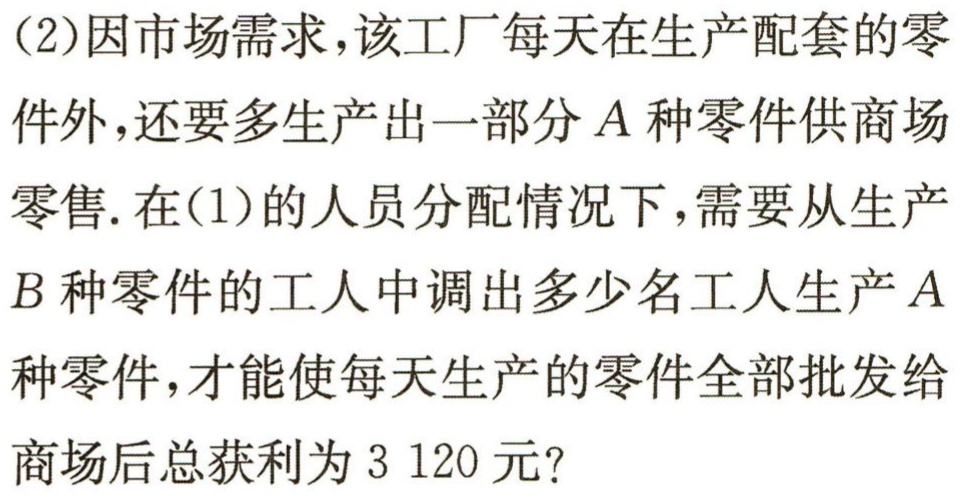
(2)因市场需求，该工厂每天在生产配套的零件外，还要多生产出一部分\(A\)种零件供商场零售. 在(1)的人员分配情况下，需要从生产\(B\)种零件的工人中调出多少名工人生产\(A\)种零件，才能使每天生产的零件全部批发给商场后总获利为\(3120\)元？